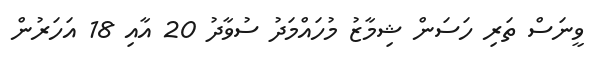
ވީނަސް ތަރި ހަސަން ޝިމާޒު މުހައްމަދު ސުވާދު 20 އާއި 18 އަހަރުން